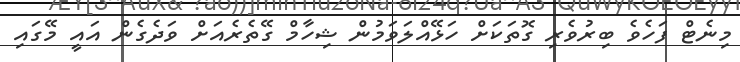
މިނެޓް ފަހެވެ ބިރުވެރި ގޮތަކަށް ހަޅޭއްލަވަމުން ޝިހާމް ގޭތެރެއަށް ވަދެގެން އައީ މޭގައި